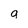
Character: g